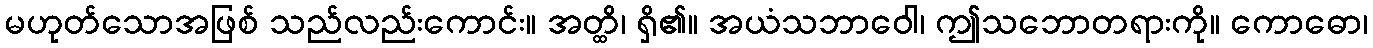
မဟုတ်သောအဖြစ် သည်လည်းကောင်း။ အတ္ထိ၊ ရှိ၏။ အယံသဘာဝေါ၊ ဤသဘောတရားကို။ ကောဓော၊